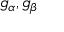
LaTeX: { \mathfrak { g } } _ { \alpha } , { \mathfrak { g } } _ { \beta }